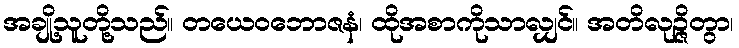
အချို့သူတို့သည်။ တယေဝဘောဇနံ၊ ထိုအစာကိုသာလျှင်။ အတိလုဉ္ဇိတွာ၊